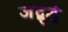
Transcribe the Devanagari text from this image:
जद्बुद्धे